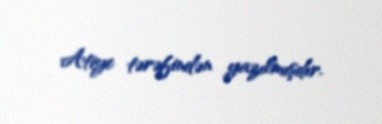
Atiye tərəfindən yazılmışdır.